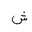
Letter: _shin